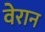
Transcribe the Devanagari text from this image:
वेरान